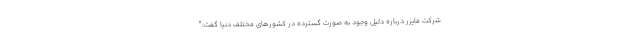
شرکت فایزر درباره دلیل وجود به صورت گسترده در کشورهای مختلف دنیا گفت:"